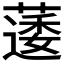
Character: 𮑌